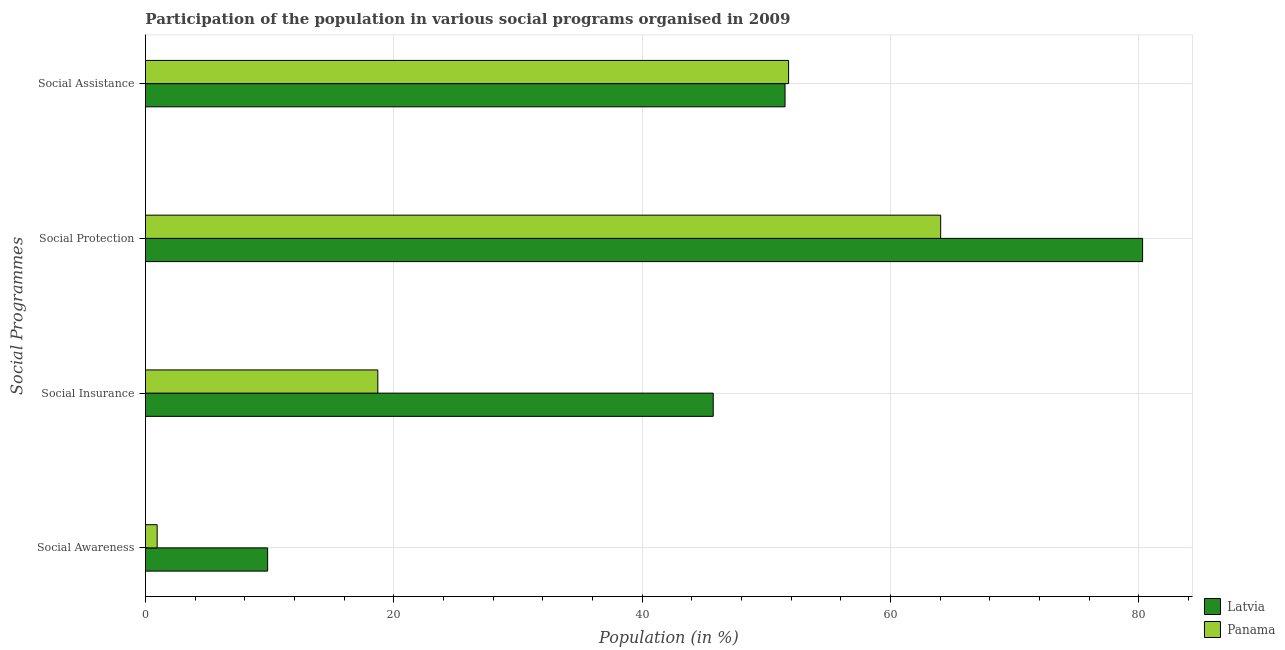
| Social Programmes | Latvia | Panama |
 | --- | --- | --- |
 | Social Awareness | 9.84 | 0.942 |
 | Social Insurance | 45.7 | 18.7 |
 | Social Protection | 80.3 | 64 |
 | Social Assistance | 51.5 | 51.8 |